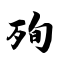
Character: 殉